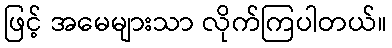
ဖြင့် အမေများသာ လိုက်ကြပါတယ်။